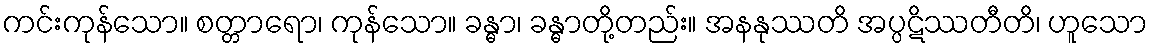
ကင်းကုန်သော။ စတ္တာရော၊ ကုန်သော။ ခန္ဓာ၊ ခန္ဓာတို့တည်း။ အနနုဿတိ အပ္ပဋိဿတီတိ၊ ဟူသော